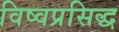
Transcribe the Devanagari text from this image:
विष्वप्रसिद्ध